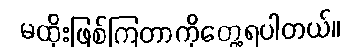
မထိုးဖြစ်ကြတာကိုတွေ့ရပါတယ်။